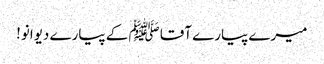
میرے پیارے آقا ﷺ کے پیارے دیوانو!